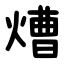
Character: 㷮